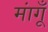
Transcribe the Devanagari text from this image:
मांगूँ